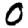
Digit: 0